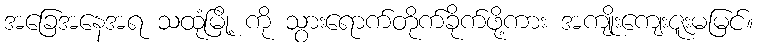
အခြေအနေအရ သထုံမြို့ ကို သွားရောက်တိုက်ခိုက်ဖို့ကား အကျိုးကျေးဇူးမမြင်။